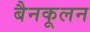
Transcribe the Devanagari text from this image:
बैनकूलन